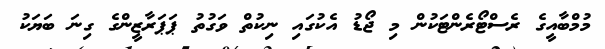
މުމްބާއީގެ ރެސްޓޯރެންޓަކުން މި ޖޯޑު އެކުގައި ނިކުތް ވަގުތު ޕަޕަރާޒީންގެ ގިނަ ބަޔަކު